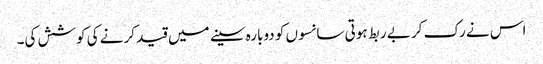
اس نے رک کر بے ربط ہوتی سانسوں کو دوبارہ سینے میں قید کرنے کی کوشش کی۔